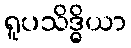
ရူပသိဒ္ဓိယာ